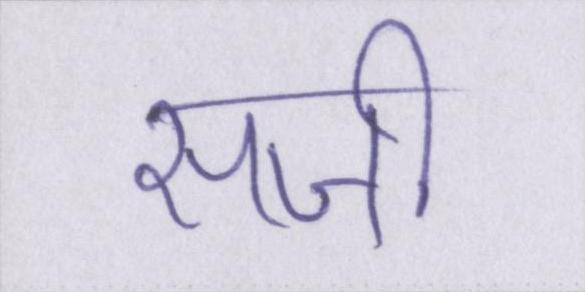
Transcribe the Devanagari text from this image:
सजी